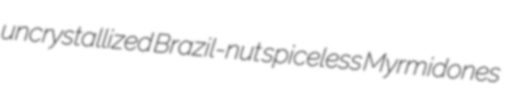
uncrystallized Brazil-nut spiceless Myrmidones